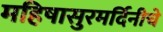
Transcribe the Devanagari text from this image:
महिषासुरमर्दिनीचे